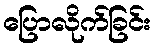
ပြောလိုက်ခြင်း